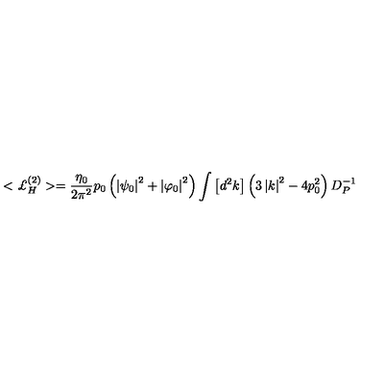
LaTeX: < { \pounds } _ { H } ^ { ( 2 ) } > = \frac { \eta _ { 0 } } { 2 \pi ^ { 2 } } p _ { 0 } \left( \left| \psi _ { 0 } \right| ^ { 2 } + \left| \varphi _ { 0 } \right| ^ { 2 } \right) \int \left[ d ^ { 2 } k \right] \left( 3 \left| k \right| ^ { 2 } - 4 p _ { 0 } ^ { 2 } \right) D _ { P } ^ { - 1 }